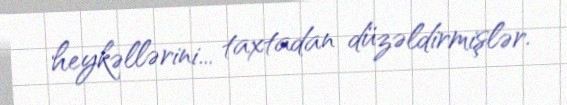
heykəllərini... taxtadan düzəldirmişlər.